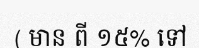
( មាន ពី ១៥% ទៅ